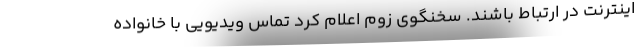
اینترنت در ارتباط باشند. سخنگوی زوم اعلام کرد تماس ویدیویی با خانواده